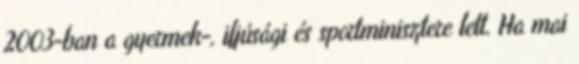
2003-ban a gyermek-, ifjúsági és sportminisztere lett. Ha mai